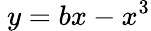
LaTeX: \ y=bx-x^{3}